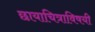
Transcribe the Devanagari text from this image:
छायाचित्राविषयी